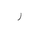
Letter: _ra